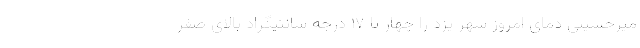
میرحسینی دمای امروز شهر یزد را چهار تا ۱۷ درجه سانتیگراد بالای صفر